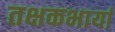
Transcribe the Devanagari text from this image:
तक्षकभार्या